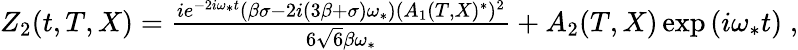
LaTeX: \begin{array}{r}{Z_{2}(t,T,X)=\frac{ie^{-2i\omega_{*}t}\left(\beta\sigma-2i(3\beta+\sigma)\omega_{*}\right)\left(A_{1}(T,X){}^{*}\right){}^{2}}{6\sqrt{6}\beta\omega_{*}}+A_{2}(T,X)\exp\left(i\omega_{*}t\right)\; ,}\end{array}